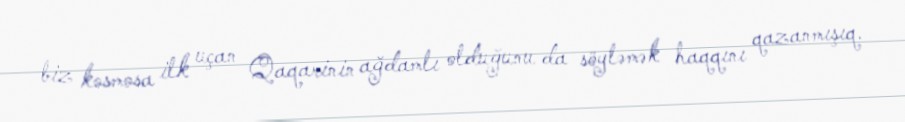
biz kosmosa ilk uçan Qaqarinin ağdamlı olduğunu da söyləmək haqqını qazanmışıq.